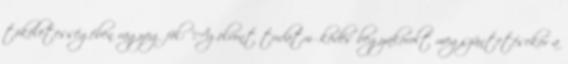
tökéletességében ragyog föl: "Az elvont tudatműködés begyakorolt megszüntetésekor a